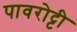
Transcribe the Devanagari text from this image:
पावरोट्टी